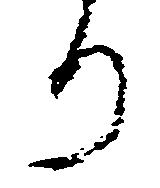
り